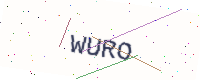
Text: WURO